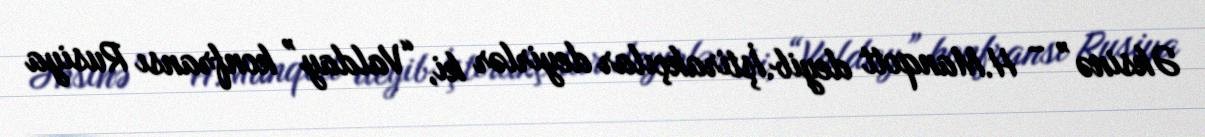
Əksinə” - H.Manqott deyib.İştirakçılar deyirlər ki, “Valday” konfransı Rusiya